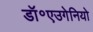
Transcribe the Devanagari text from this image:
डॉ॰एउगेनियो